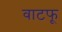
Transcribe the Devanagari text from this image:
वाटफू